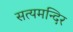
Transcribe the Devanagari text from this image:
सत्यमन्दिर